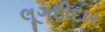
લૂગદીદાર